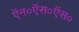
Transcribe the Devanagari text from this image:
ऍन०ऍस०ऍस०